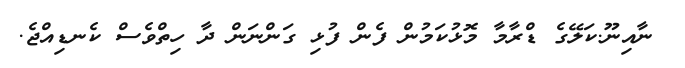
ނާއިނޫ.ކަލޭގެ ޑްރާމާ މޮޅުކަމުން ފެން ފުޅި ގަންނަން ދާ ހިތްވެސް ކެނޑިއްޖެ.